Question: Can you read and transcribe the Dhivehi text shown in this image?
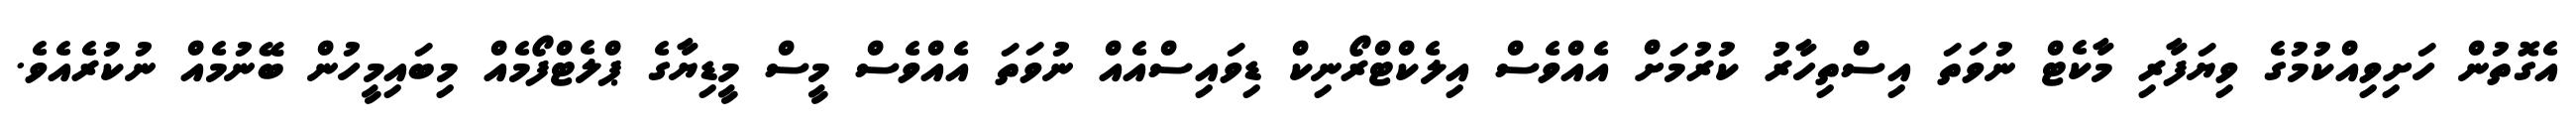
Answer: އެގޮތުން ހަށިވިއްކުމުގެ ވިޔަފާރި މާކެޓް ނުވަތަ އިސްތިހާރު ކުރުމަށް އެއްވެސް އިލެކްޓްރޯނިކް ޑިވައިސްއެއް ނުވަތަ އެއްވެސް މީސް މީޑިޔާގެ ޕްލެޓްފޯމެއް މިބައިމީހުން ބޭނުމެއް ނުކުރެއެވެ.